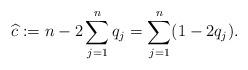
LaTeX: \begin{align*} \widehat{c}:=n-2\sum_{j=1}^nq_j=\sum_{j=1}^n(1-2q_j). \end{align*}